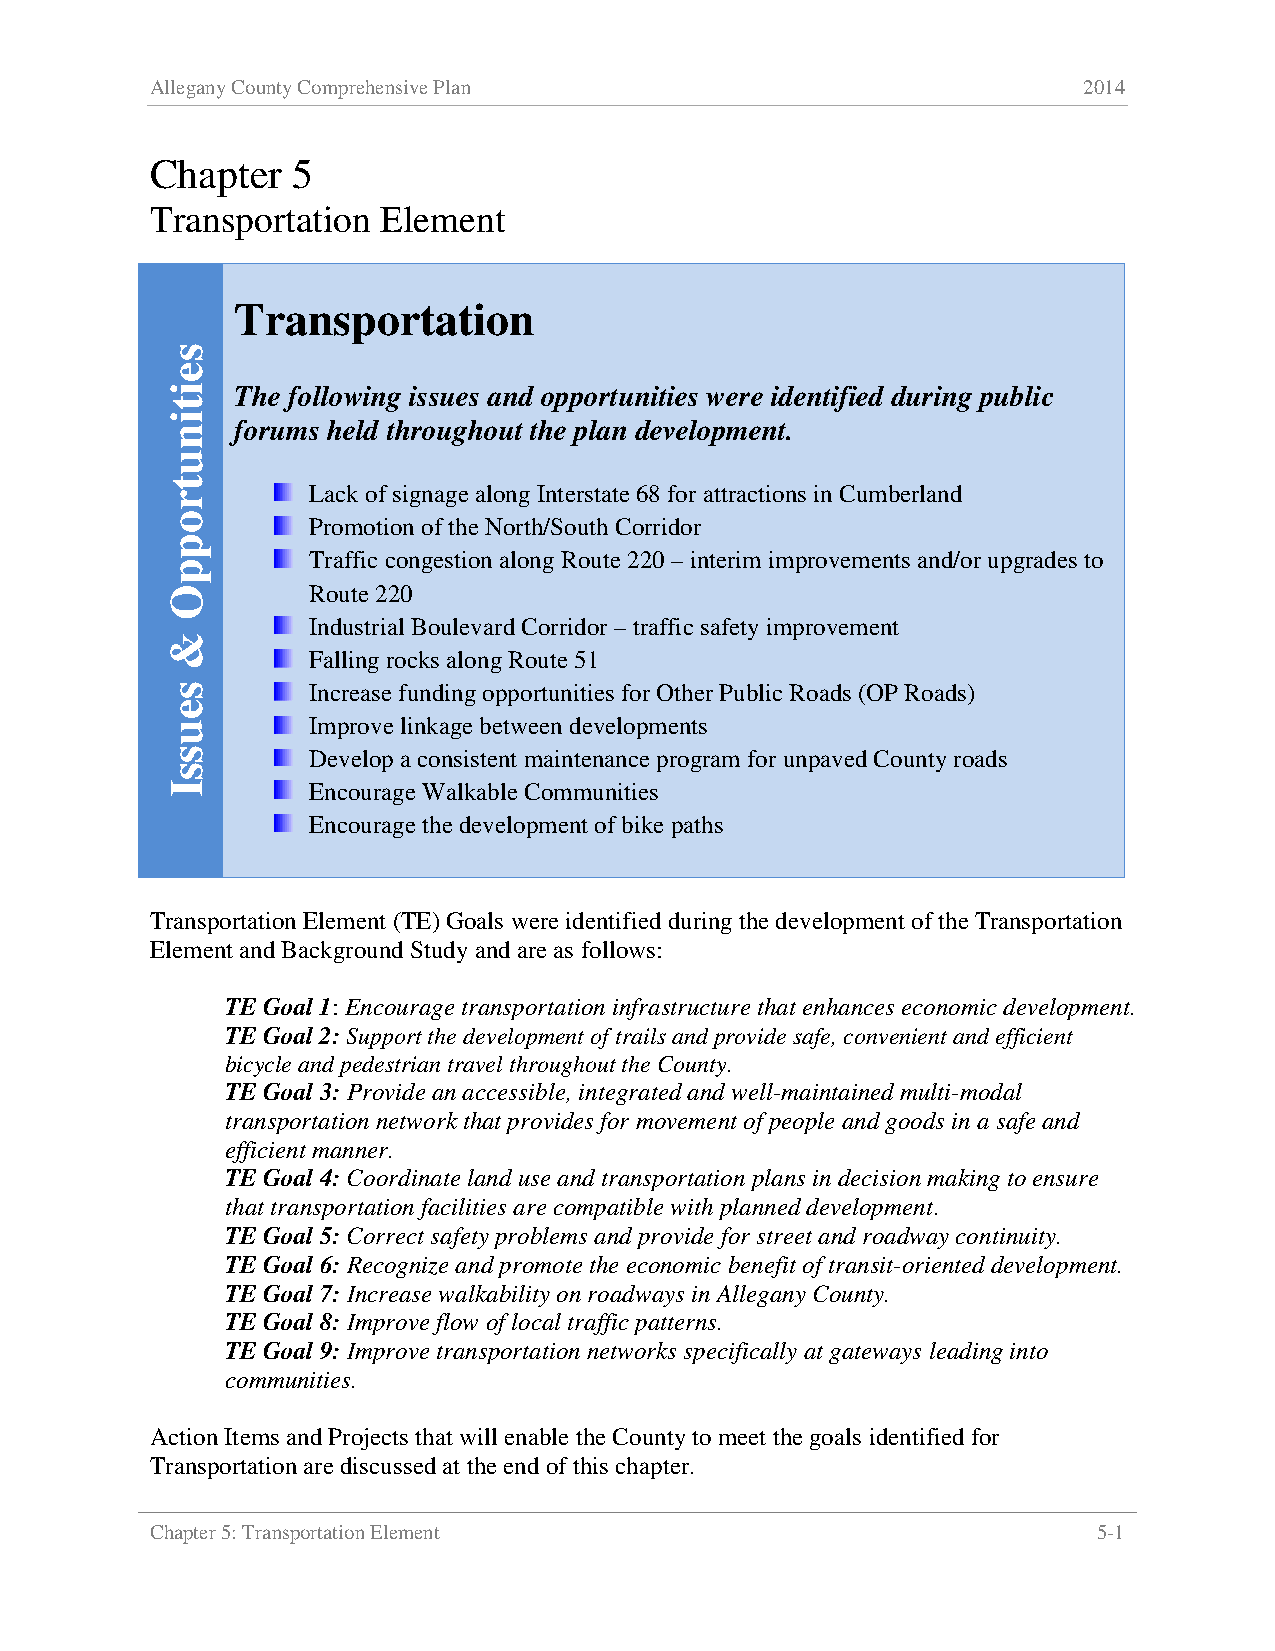
Allegany County Comprehensive Plan                            2014
 Chapter  5
 Transportation Element
 Transportation
 The following issues and opportunities were identified during public
 forums held throughout the plan development.
 Lack of signage along Interstate 68 for attractions in Cumberland
 Promotion of the North/South Corridor
 Traffic congestion along Route 220 – interim improvements and/or upgrades to
 Route 220
 Industrial Boulevard Corridor – traffic safety improvement
 Falling rocks along Route 51
 Increase funding opportunities for Other Public Roads (OP Roads)
 Improve linkage between developments
 Develop a consistent maintenance program for unpaved County roads
 Encourage Walkable Communities
 Encourage the development of bike paths
 Transportation Element (TE) Goals were identified during the development of the Transportation
 Element and Background Study and are as follows:
 TE Goal 1: Encourage transportation infrastructure that enhances economic development.
 TE Goal 2: Support the development of trails and provide safe, convenient and efficient
 bicycle and pedestrian travel throughout the County.
 TE Goal 3: Provide an accessible, integrated and well-maintained multi-modal
 transportation network that provides for movement of people and goods in a safe and
 efficient manner.
 TE Goal 4: Coordinate land use and transportation plans in decision making to ensure
 that transportation facilities are compatible with planned development.
 TE Goal 5: Correct safety problems and provide for street and roadway continuity.
 TE Goal 6: Recognize and promote the economic benefit of transit-oriented development.
 TE Goal 7: Increase walkability on roadways in Allegany County.
 TE Goal 8: Improve flow of local traffic patterns.
 TE Goal 9: Improve transportation networks specifically at gateways leading into
 communities.
 Action Items and Projects that will enable the County to meet the goals identified for
 Transportation are discussed at the end of this chapter.
 Chapter 5: Transportation Element                              5-1
 seitinutroppO
 &
 seussI